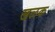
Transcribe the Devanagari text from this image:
खलक